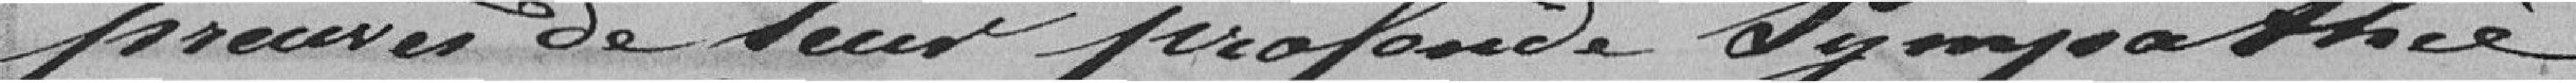
preuves de deux profonde dyopathice.